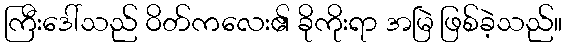
ကြီးဒေါ်သည် ဝိတ်ကလေး၏ ခိုကိုးရာ အမြဲ ဖြစ်ခဲ့သည်။